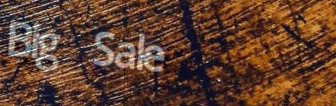
Big Sale